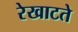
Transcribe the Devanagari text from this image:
रेखाटते